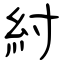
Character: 紂